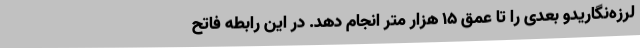
لرزه‌نگاریدو بعدی را تا عمق 15 هزار متر انجام دهد. در این رابطه فاتح